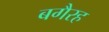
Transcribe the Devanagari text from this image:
बगैरह